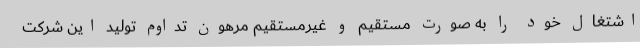
اشتغال خود را به صورت مستقیم و غیرمستقیم مرهون تداوم تولید این شرکت